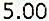
5.00